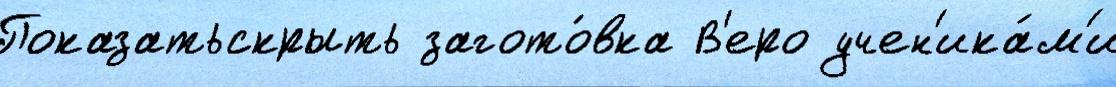
Показатьскрыть загото́вка В'еро учен'ика́м'и